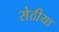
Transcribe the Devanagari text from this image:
सेठीया